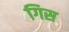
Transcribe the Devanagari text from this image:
गिस